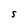
Character: S